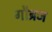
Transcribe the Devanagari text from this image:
गौब्रज